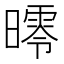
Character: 㬡